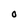
Character: O